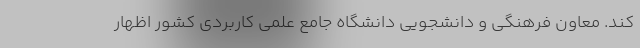
کند. معاون فرهنگی و دانشجویی دانشگاه جامع علمی کاربردی کشور اظهار